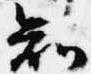
知